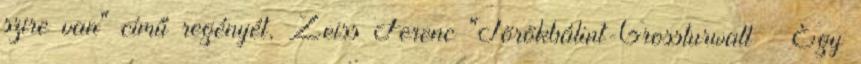
szire van" című regényét, Zeiss Ferenc "Törökbálint-Grossturwall Egy